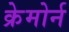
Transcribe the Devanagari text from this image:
क्रेमोर्न